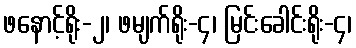
ဖနောင့်ရိုး-၂၊ ဖမျက်ရိုး-၄၊ မြင်းခေါင်းရိုး-၄၊